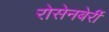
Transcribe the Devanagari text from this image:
रोसेनबेर्री